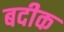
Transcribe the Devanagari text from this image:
बदीक